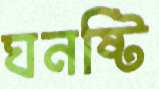
ঘনষ্টি